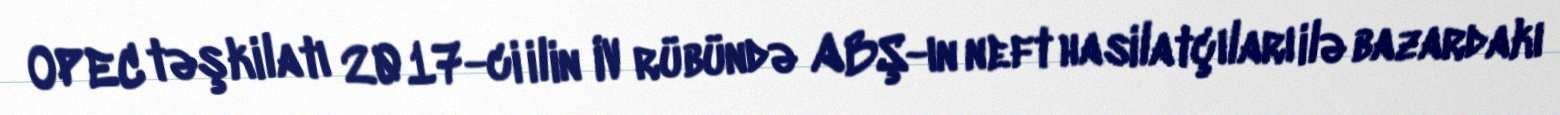
OPEC təşkilatı 2017-ci ilin IV rübündə ABŞ-ın neft hasilatçıları ilə bazardakı